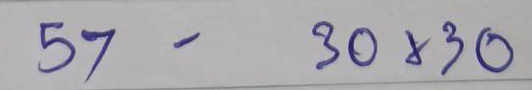
57 - 30x30